Leaving Certificate Examination, 1919
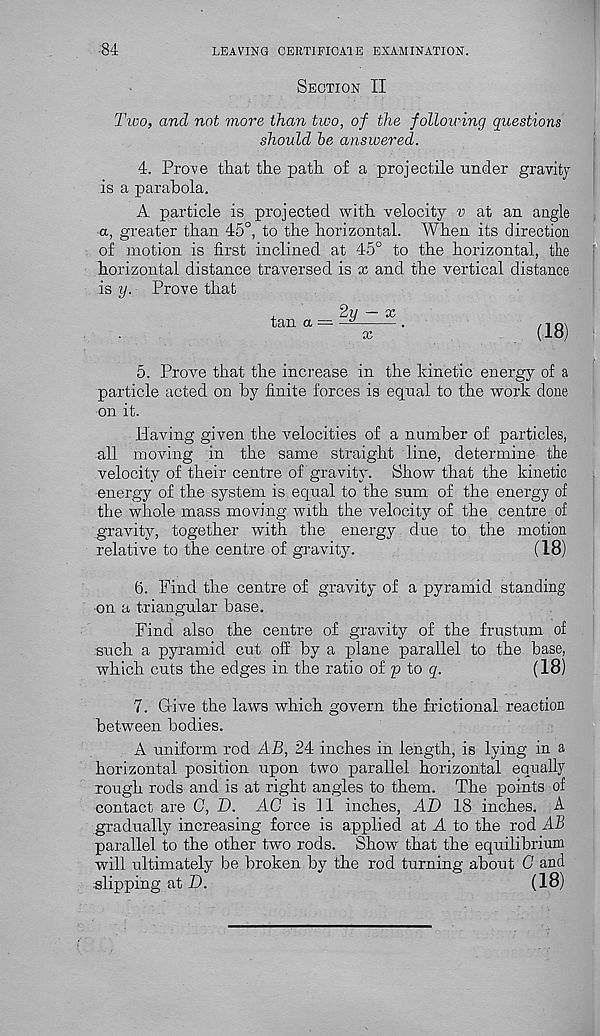
•84
LEAVING CERTIFICA'IE EXAMINATION.
Section II
Two, and not more than two, of the following questions
should he answered.
4. Prove that the path of a projectile under gravity
is a parabola.
A particle is projected with velocity v at an angle
a, greater than 45°, to the horizontal. When its direction
of motion is first inclined at 45° to the horizontal, the
horizontal distance traversed is x and the vertical distance
is y. Prove that
2u — x
tan a ---
x
5. Prove that the increase in the kinetic energy of a
particle acted on by finite forces is equal to the work done
on it.
Having given the velocities of a number of particles,
all moving in the same straight line, determine the
velocity of their centre of gravity. Show that the kinetic
energy of the system is equal to the sum of the energy of
the whole mass moving with the velocity of the centre of
gravity, together with the energy due to the motion
relative to the centre of gravity.
(18)
6. Find the centre of gravity of a pyramid standing
on a triangular base.
Find also the centre of gravity of the frustum of
such a pyramid cut off by a plane parallel to the base,
which cuts the edges in the ratio of p to q.
(18)
7. Give the laws which govern the frictional reaction
between bodies.
A uniform rod AB, 24 inches in length, is lying in a
horizontal position upon two parallel horizontal equally
rough rods and is at right angles to them. The points of
contact are C, D. AG is 11 inches, AD 18 inches. A
gradually increasing force is applied at A to the rod AB
parallel to the other two rods. Show that the equilibrium
will ultimately be broken by the rod turning about G and
slipping at D.
(18)